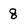
Character: 8